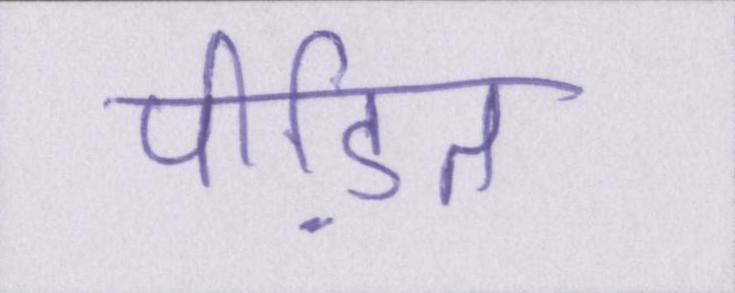
पीडि़त